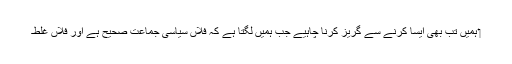
‏ ہمیں تب بھی ایسا کرنے سے گریز کرنا چاہیے جب ہمیں لگتا ہے کہ فلاں سیاسی جماعت صحیح ہے اور فلاں غلط۔